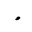
Letter: _waw